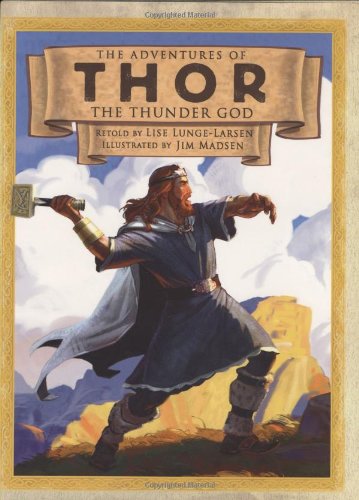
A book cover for The Adventures of Thor the Thunder God; Lise Lunge-Larsen; Children's Books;